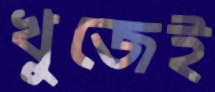
খুজেই